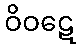
ဝိဝဋေ